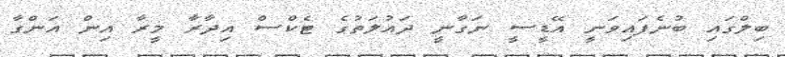
ބިލްގައި ބުނެފައިވަނީ އޭޑީސީ ނަގާނީ ދައުލަތުގެ ޓެކްސް އިދާރާ މީރާ އިން އަންގާ